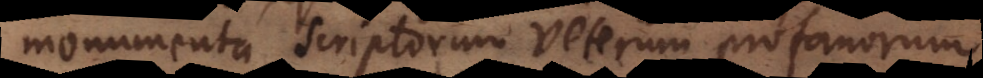
monumenta scriptorum veterum profanorum.